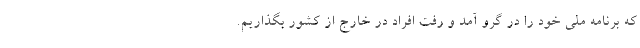
که برنامه ملی خود را در گرو آمد و رفت افراد در خارج از کشور بگذاریم.